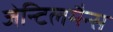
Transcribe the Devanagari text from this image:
जेन्टिलमैन्स